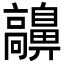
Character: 𩫬